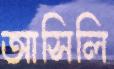
আসিলি